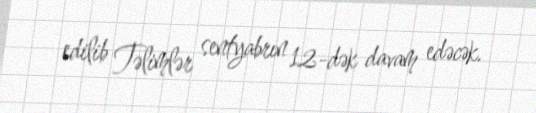
edilib Təlimlər sentyabrın 12-dək davam edəcək.